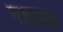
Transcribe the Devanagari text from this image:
गजपाल